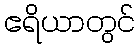
ဧရိယာတွင်